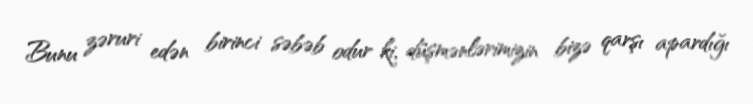
Bunu zəruri edən birinci səbəb odur ki, düşmənlərimizin bizə qarşı apardığı